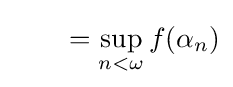
\qquad =\sup _{n<\omega }f(\alpha _{n})